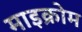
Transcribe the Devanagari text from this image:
माइक्रोम